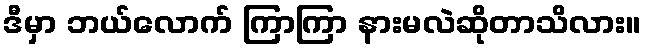
ဒီမှာ ဘယ်လောက် ကြာကြာ နားမလဲဆိုတာသိလား။